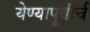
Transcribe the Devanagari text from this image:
येण्यापूवीर्च